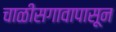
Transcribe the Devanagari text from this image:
चाळीसगावापासून